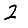
Digit: 2